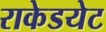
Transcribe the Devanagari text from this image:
राकेडयेट